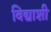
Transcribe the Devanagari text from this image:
विद्याशी